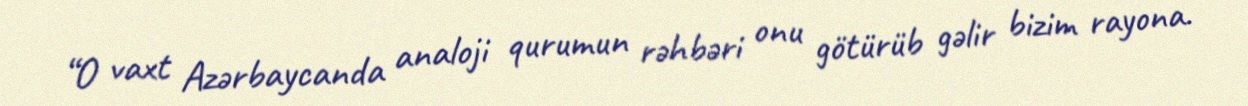
“O vaxt Azərbaycanda analoji qurumun rəhbəri onu götürüb gəlir bizim rayona.